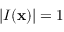
| I ( \mathbf { x } ) | = 1